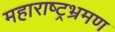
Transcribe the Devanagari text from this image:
महाराष्ट्रभ्रमण